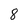
Character: 8